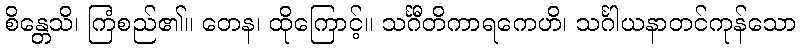
စိန္တေသိ၊ ကြံစည်၏။ တေန၊ ထိုကြောင့်။ သင်္ဂီတိကာရကေဟိ၊ သင်္ဂါယနာတင်ကုန်သော